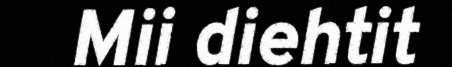
Mii diehtit